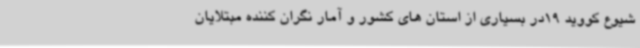
شیوع کووید 19در بسیاری از استان های کشور و آمار نگران کننده مبتلایان